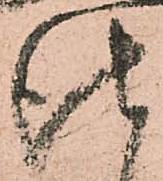
仕